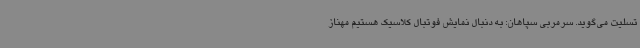
تسلیت می‌گوید. سرمربی سپاهان: به دنبال نمایش فوتبال کلاسیک هستیم مهناز